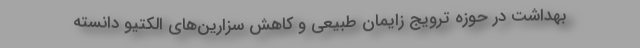
بهداشت در حوزه ترویج زایمان طبیعی و کاهش سزارین‌های الکتیو دانسته